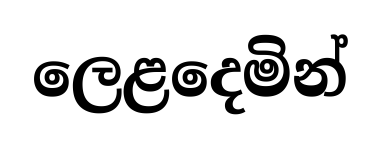
ලෙළදෙමින්